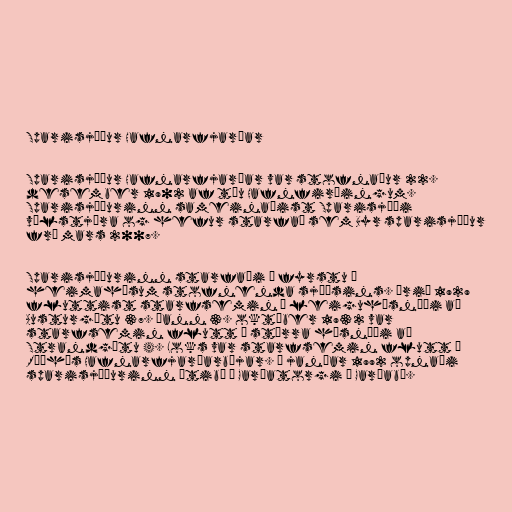
Sparisjóður Hafnarfjarðar

Sparisjóður Hafnarfjarðar var stofnaður 22.
desember 1902 af tíu Hafnfirðingum.
Sparisjóðurinn sameinaðist Sparisjóði
vélstjóra og hefur starfað sem Byr sparisjóður
frá mars 2007.

Sparisjóðurinn starfaði í fyrstu í
heimahúsum stofnenda sjóðsins. Árið 1929
fluttist starfsemin í leiguhúsnæði að
Austurgötu 37. Þann 3. október 1932 var
starfsemin flutt í stærra húsnæði að
Strandgötu 4. Loks var starfsemin flutt í
Ráðhús Hafnarfjarðarbæjar. Í janúar 1992 opnaði
sparisjóðurinn útibú á Garðatorgi í Garðabæ.